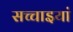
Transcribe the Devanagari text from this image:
सच्चाइयां